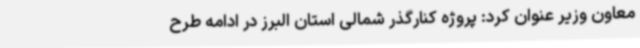
معاون وزیر عنوان کرد: پروژه کنارگذر شمالی استان البرز در ادامه طرح